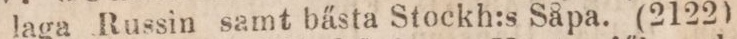
laga Russin samt bästa Stockh:s Såpa. (2122)